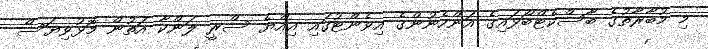
މި މުބާރާތުގެ ބާސްކެޓްބޯޅައިގެ އަންހެނުންގެ އިވެންޓުގައި އިއްޔެ ސްރީ ލަންކާ އަތުން މޮޅުވިޔަސް